Indian journal of veterinary science and animal husbandry - Volumes 26-27, 1956-1957
Year: 1956
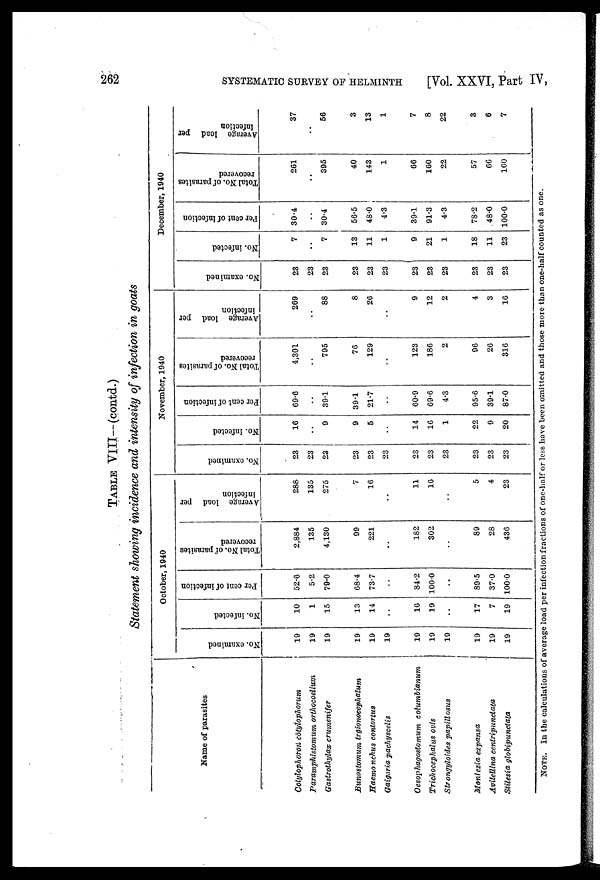
262
SYSTEMATIC SURVEY OF HELMINTH
[Vol. XXVI, Part IV,
TABLE VIII—(contd.)
Statement showing incidence and intensity of infection in goats
Name of parasites
Cotylophoron cotylophorum
Paramphistomum orthocoelium
Gastrothylax crumenifer
Bunostomum trgionocephalum
Haemo nchus contortus
Gaigeria pachyscelis
Oesophagostomum
columbianum
Trichocephalus ovis
Strongyloides
papillosus
Moniezia expansa
Avitellina centripunctata
Stilesia globipunctata
October, 1940
No. examined
19
19
19
19
19
19
19
19
19
19
19
19
No. infected
10
1
15
13
14
..
16
19
..
17
7
19
Per cent of infection
52.6
5.2
79.0
68.4
73.7
..
84.2
100.0
..
89.5
37.0
100.0
Total No. of parasites
recovered
2,884
135
4,130
99
221
..
182
302
..
89
28
436
Average load per
infection
288
135
275
7
16
..
11
16
..
5
4
23
November, 1940
No. examined
23
23
23
23
23
23
23
23
23
23
23
23
No. infected
16
..
9
9
5
..
14
16
1
22
9
20
Per cent of infection
69.6
..
39.1
39.1
21.7
..
60.9
69.6
4.3
95.6
39.1
87.0
Total No. of parasites
recovered
4,301
..
795
76
129
..
123
186
2
96
26
316
Average load per
infection
269
..
88
8
26
..
9
12
2
4
3
16
December, 1940
No. examined
23
23
23
23
23
23
23
23
23
23
23
23
No. infected
7
..
7
13
11
1
9
21
1
18
11
23
Per cent of infection
30.4
..
30.4
56.5
48.0
4.3
39.1
91.3
4.3
78.2
48.0
100.0
Total No. of parasites
recovered
261
..
395
40
143
1
66
160
22
57
66
160
Average load per
infection
37
..
56
3
13
1
7
8
22
3
6
7
NOTE. In the calculations of average load per infection fractions of one-half or less have been omitted and those more than one-half counted as one.